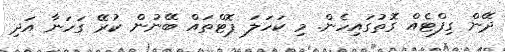
ދޭން ގިފްޓެއް ގޮތުގައިހެން. މި ކަހަލަ ޕޮޓްތައް ބޭނުން ކުރޭ ގަހަނާ އަދި